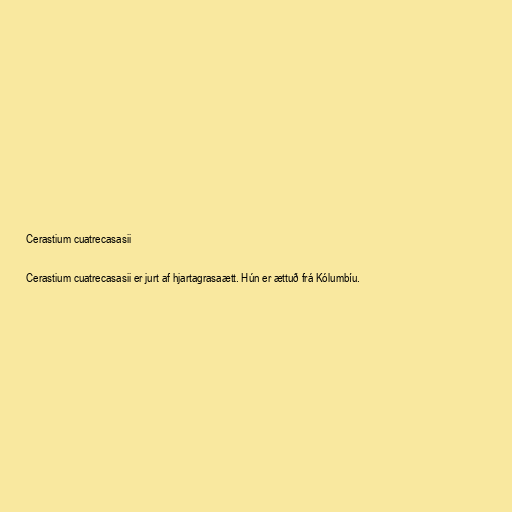
Cerastium cuatrecasasii

Cerastium cuatrecasasii er jurt af hjartagrasaætt. Hún er ættuð frá Kólumbíu.